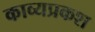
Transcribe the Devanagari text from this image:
काव्यप्रकश